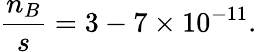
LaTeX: \frac{n_{B}}{s}=3-7\times 10^{-11}.